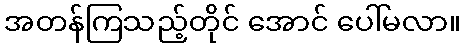
အတန်ကြသည့်တိုင် အောင် ပေါ်မလာ။